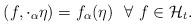
LaTeX: \begin{align*} ( f, {\cdot_\alpha\eta} )=f_\alpha (\eta) \ \ \forall \ f\in \mathcal H_t.\end{align*}